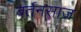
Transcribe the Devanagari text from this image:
बर्तनसाज